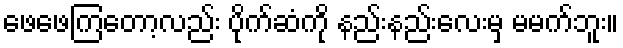
ဖေဖေကြတော့လည်း ပိုက်ဆံကို နည်းနည်းလေးမှ မမက်ဘူး။